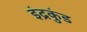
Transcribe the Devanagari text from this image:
इंद्रकुंड